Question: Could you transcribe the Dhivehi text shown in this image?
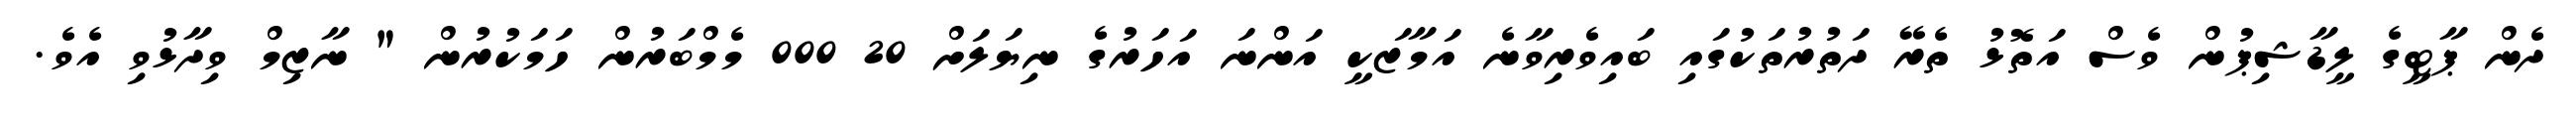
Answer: ދެން ޕާޓީގެ ލީޑާޝިޕުން ވެސް އަތޮޅު ތެރޭ ދަތުރުތަކުގައި ބައިވެރިވާނެ އަމާޒަކީ އަންނަ އަހަރުގެ ނިޔަލަށް 20 000 މެމްބަރުން ހަމަކުރުން " ނާޒިމް ވިދާޅުވި އެވެ.